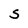
Character: S